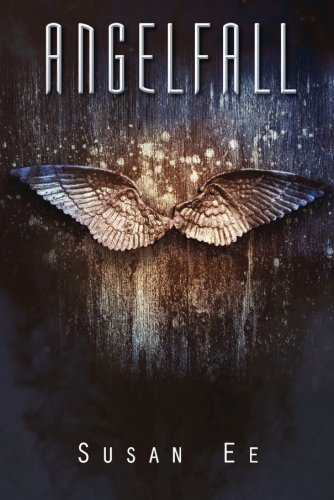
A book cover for Angelfall (Penryn & the End of Days); Susan Ee; Science Fiction & Fantasy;